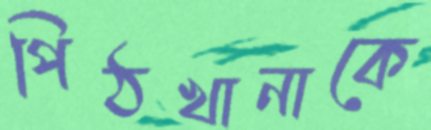
পিঠখানাকে